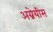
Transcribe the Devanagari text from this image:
अग्नेयीस